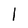
Character: l